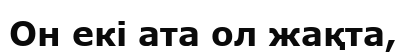
Он екі ата ол жақта,